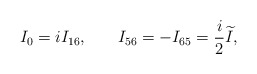
\begin{align*}I_0=iI_{16} ,\hspace{0.3in}I_{56}=-I_{65}=\frac i2\widetilde{I} ,\end{align*}